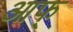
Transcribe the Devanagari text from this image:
आफ्